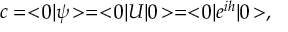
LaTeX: c = < \! 0 | \psi \! > = < \! 0 | U | 0 \! > = < \! 0 | e ^ { i h } | 0 \! > ,